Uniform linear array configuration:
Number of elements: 4
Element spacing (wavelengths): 0.75
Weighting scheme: uniform
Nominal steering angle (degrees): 0
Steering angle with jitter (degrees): -0.7907
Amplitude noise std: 0.05
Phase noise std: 0.05

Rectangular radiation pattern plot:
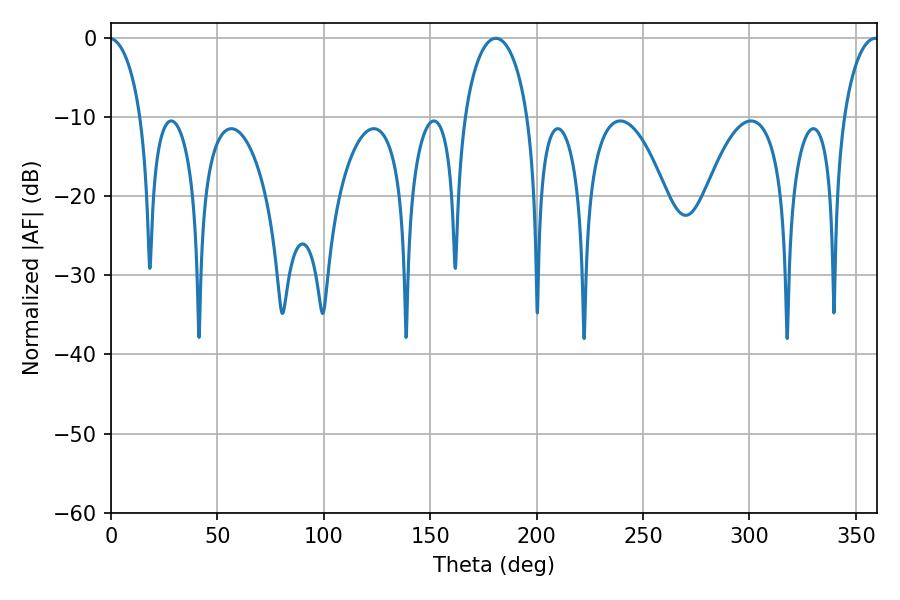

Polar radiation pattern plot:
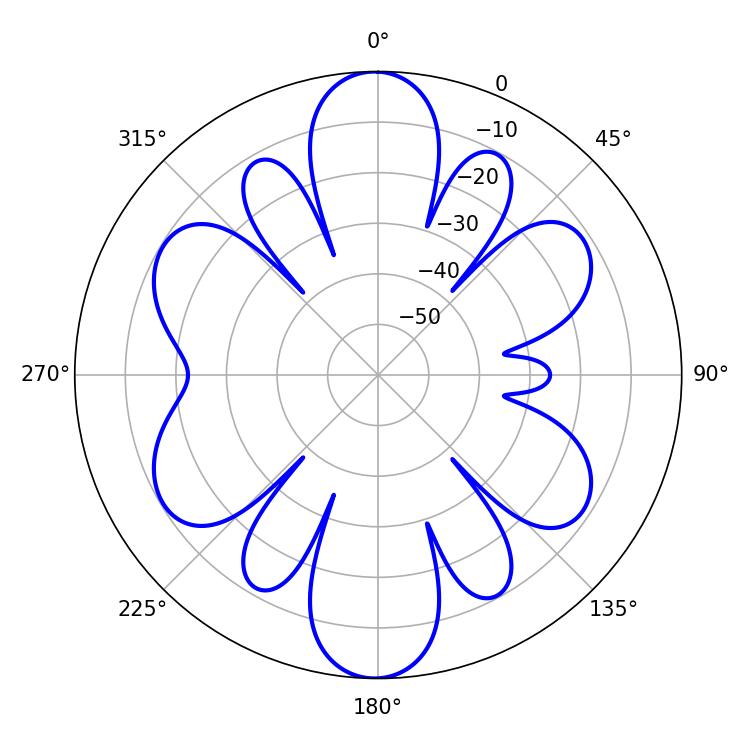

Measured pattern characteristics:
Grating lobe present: TRUE
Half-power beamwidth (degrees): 17.28
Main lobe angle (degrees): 180.9